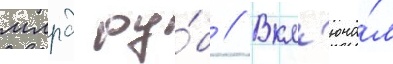
млрд ру́б // Вкл'юча́л